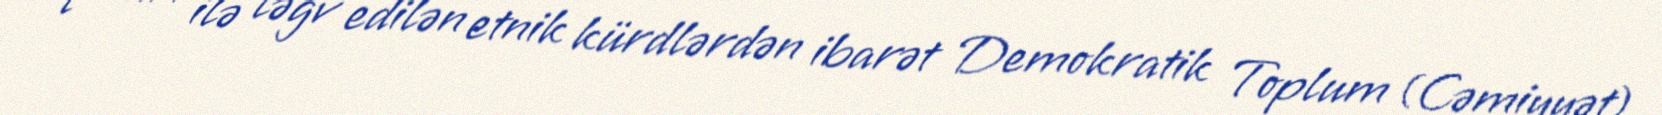
qərarı ilə ləğv edilən etnik kürdlərdən ibarət Demokratik Toplum (Cəmiyyət)